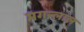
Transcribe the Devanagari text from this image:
मगन्लाल